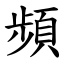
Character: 頻